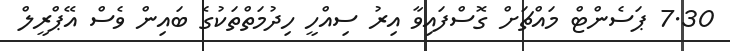
7.30 ޕަސެންޓް މައްޗަށް ގޮސްފައިވާ އިރު ސިއްހީ ހިދުމަތްތަކުގެ ބައިން ވެސް އޭޕްރީލް